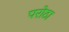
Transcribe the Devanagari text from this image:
परोठा